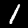
Label: 1